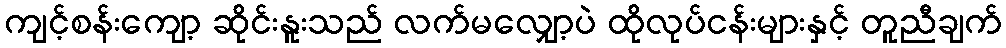
ကျင့်စန်းကျော့ ဆိုင်းနူးသည် လက်မလျှော့ပဲ ထိုလုပ်ငန်းများနှင့် တူညီချက်